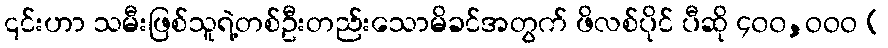
၎င်းဟာ သမီးဖြစ်သူရဲ့တစ်ဦးတည်းသောမိခင်အတွက် ဖိလစ်ပိုင် ပီဆို ၄၀၀,ဝဝဝ (